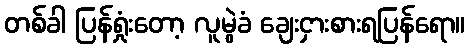
တစ်ခါ ပြန်ရှုံးတော့ လူမွဲခံ ချေးငှားစားရပြန်ရော။